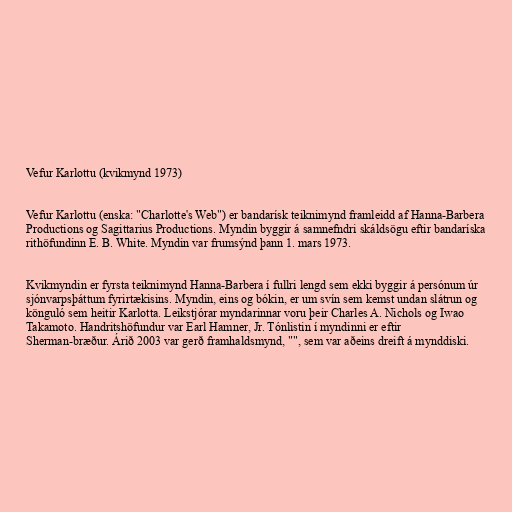
Vefur Karlottu (kvikmynd 1973)

Vefur Karlottu (enska: "Charlotte's Web") er bandarísk teiknimynd framleidd af Hanna-Barbera
Productions og Sagittarius Productions. Myndin byggir á samnefndri skáldsögu eftir bandaríska
rithöfundinn E. B. White. Myndin var frumsýnd þann 1. mars 1973.

Kvikmyndin er fyrsta teiknimynd Hanna-Barbera í fullri lengd sem ekki byggir á persónum úr
sjónvarpsþáttum fyrirtækisins. Myndin, eins og bókin, er um svín sem kemst undan slátrun og
könguló sem heitir Karlotta. Leikstjórar myndarinnar voru þeir Charles A. Nichols og Iwao
Takamoto. Handritshöfundur var Earl Hamner, Jr. Tónlistin í myndinni er eftir
Sherman-bræður. Árið 2003 var gerð framhaldsmynd, "", sem var aðeins dreift á mynddiski.